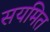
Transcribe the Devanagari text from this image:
सयमित